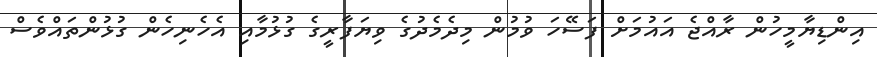
އިންޑިޔާމީހުން ރާއްޖެ އައުމަށް ފަސޭހަ ވުމުން މިދެމެދުގެ ވިޔަފާރީގެ ގުޅުމާއި އެހެނިހެން ގުޅުންތައްވެސް